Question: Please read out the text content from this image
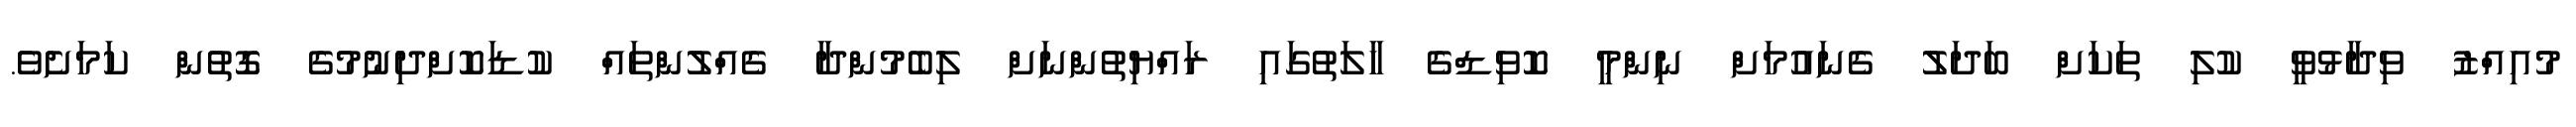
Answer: މުއިއްޒު ވިދާޅުވީ ކުލި ތަކަށް ބަދަލު ގެނައުމަށް ނިންމީ ކޮވިޑްގެ ހާލަތުގައި ރައްޔިތުންނަށް ލިބެމުންދާ ގެއްލުންތައް ކުޑަކޮށްދިނުމުގެ ގޮތުން ކަމަށެވެ.